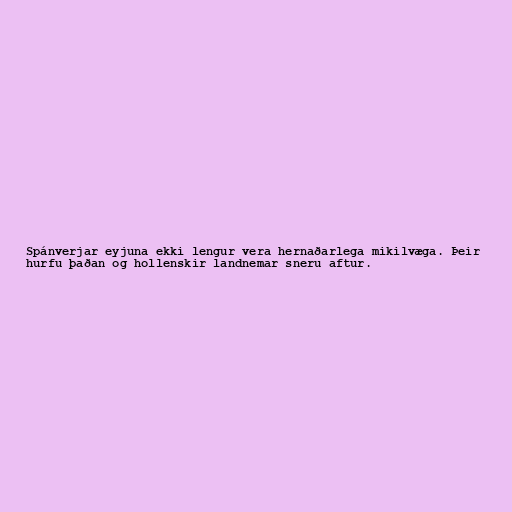
Spánverjar eyjuna ekki lengur vera hernaðarlega mikilvæga. Þeir
hurfu þaðan og hollenskir landnemar sneru aftur.